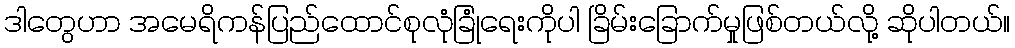
ဒါတွေဟာ အမေရိကန်ပြည်ထောင်စုလုံခြုံရေးကိုပါ ခြိမ်းခြောက်မှုဖြစ်တယ်လို့ ဆိုပါတယ်။